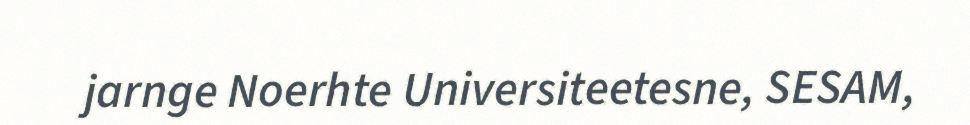
jarnge Noerhte Universiteetesne, SESAM,